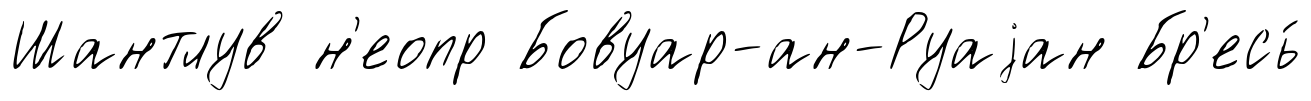
Шантлув н'еопр Бовуар-ан-Руаjан Бр'есь́